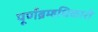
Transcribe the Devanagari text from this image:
पूर्णब्रम्हधिकारी